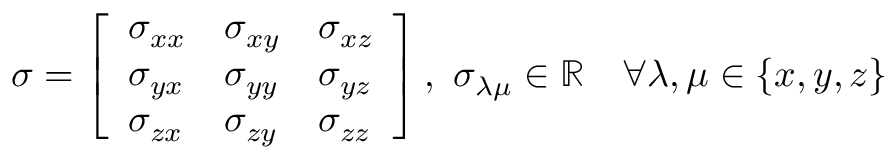
\sigma = \left[ \begin{array} { l l l } { \sigma _ { x x } } & { \sigma _ { x y } } & { \sigma _ { x z } } \\ { \sigma _ { y x } } & { \sigma _ { y y } } & { \sigma _ { y z } } \\ { \sigma _ { z x } } & { \sigma _ { z y } } & { \sigma _ { z z } } \end{array} \right] , \ \sigma _ { \lambda \mu } \in \mathbb { R } \quad \forall \lambda , \mu \in \{ x , y , z \}